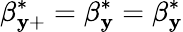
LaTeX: \beta_{\mathbf{y}+}^{*}=\beta_{\mathbf{y}}^{*}=\beta_{\mathbf{y}}^{*}